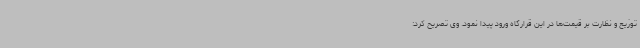
توزیع و نظارت بر قیمت‌ها در این قرارگاه ورود پیدا نمود. وی تصریح کرد: